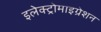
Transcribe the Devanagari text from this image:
इलेक्ट्रोमाइग्रेशन